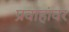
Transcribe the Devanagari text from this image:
प्रवाहांवर